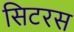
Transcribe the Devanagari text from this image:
सिटरस